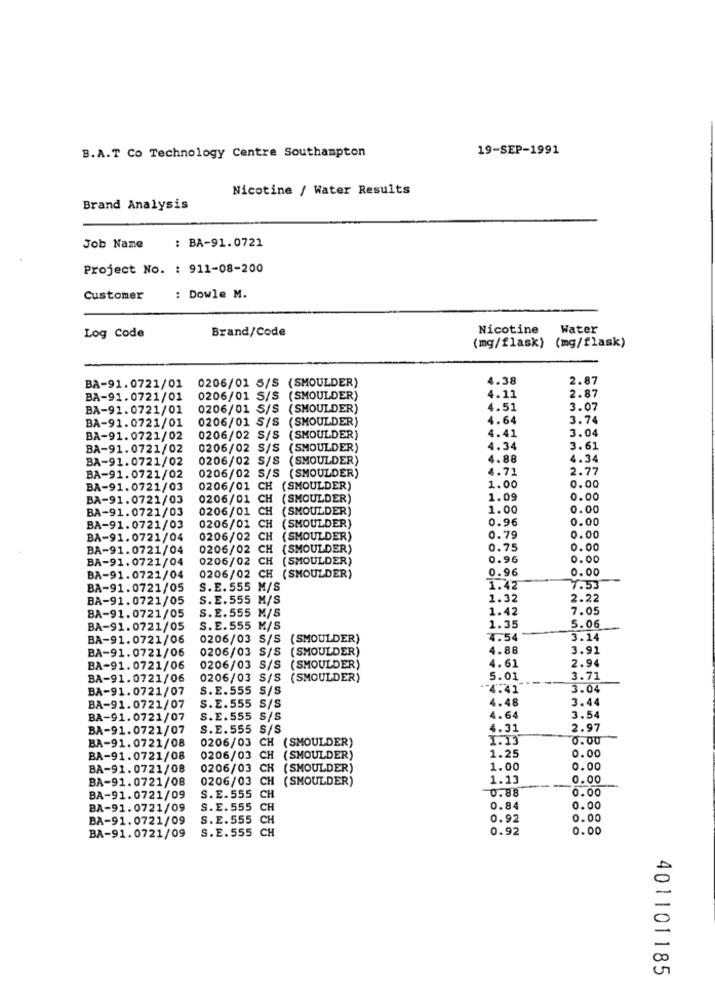
19-SEP-1991
B.A.T Co Technology Centre Southampton
Nicotine / Water Results
Brand Analysis
Job Name
: BA-91.0721
Project No. : 911-08-200
Customer
: Dowle M.
Brand/Code
Nicotine
Water
Log Code
(mg/flask) (mg/flask)
0206/01 S/S (SMOULDER)
4.38
2.87
BA-91.0721/01
4.11
BA-91.0721/01
0206/01 S/S (SMOULDER)
2.87
BA-91.0721/01
0206/01 S/S (SMOULDER)
4.51
3.07
BA-91.0721/01
0206/01 S/S (SMOULDER]
4.64
3.74
3.04
BA-91.0721/02
0206/02 S/S
SMOULDER)
4.41
BA-91.0721/02
0206/02 S/S
(SMOULDER)
4.34
3.61
BA-91.0721/02
0206/02 S/S
( SMOULDER)
4.88
4.34
4.71
2.77
BA-91.0721/02
0206/02 S/S (SMOULDER)
0.00
BA-91.0721/03
0206/01 CH (SMOULDER)
1.00
BA-91.0721/03
0206/01 CH (SMOULDER)
1.09
0.00
BA-91.0721/03
0206/01 CH
( SMOULDER)
1.00
0.00
(SMOULDER)
0.96
0.00
BA-91.0721/03
0206/01 CH
BA-91.0721/04
0206/02
CH
( SMOULDER)
0.79
0.00
BA-91.0721/04
0206/02 C
(SMOULDER)
0.75
0.00
BA-91.0721/04
0206/02
CH
(SMOULDER)
0.96
0.00
0.96
0.00
BA-91.0721/04
0206/02 CH (SMOULDER)
BA-91.0721/05
S.E.555 M/S
1.42
7.53
BA-91.0721/05
S.E.555 M/S
1.32
2.22
1.42
7.05
BA-91.0721/05
S.E. 555 M/S
BA-91.0721/05
S.E.555 M/S
1.35
5.06
BA-91.0721/06
0206/03 S/S
(SMOULDER)
4.54
3.14
BA-91.0721/06
0206/03 S/S (SMOULDER)
4.88
3.91
4.61
2.94
BA-91.0721/06
0206/03 S/S (SMOULDER)
BA-91.0721/06
0206/03 S/S
(SMOULDER)
5.01
3.71
BA-91.0721/07
S.E.555 S/S
4.41
3.04
4.48
3.44
BA-91.0721/07
S.E.555 S/S
BA-91.0721/07
S.E.555 S/S
4.64
3.54
BA-91.0721/07
S.E.555 S/S
4.31
2.97
BA-91.0721/08
0206/03
1.13
0.00
CH (SMOULDER)
BA-91.0721/08
0206/03 CH (SHOULDER)
1.25
0.00
BA-91.0721/08
0206/03
CH (SMOULDER)
1.00
0.00
BA-91.0721/08
0206/03
CH
(SMOULDER)
1.13
0.00
0.88
0.00
BA-91.0721/09
S.E.555 CH
BA-91.0721/09
S.E. 555 CH
0.84
0.00
BA-91.0721/09
S. E.555 CH
0.92
0.00
S.E.555 CH
0.92
0.00
BA-91.0721/09
401101185